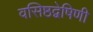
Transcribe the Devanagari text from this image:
वसिष्ठद्वेषिणी